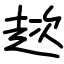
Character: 趑